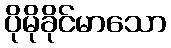
ပိုမိုခိုင်မာသော